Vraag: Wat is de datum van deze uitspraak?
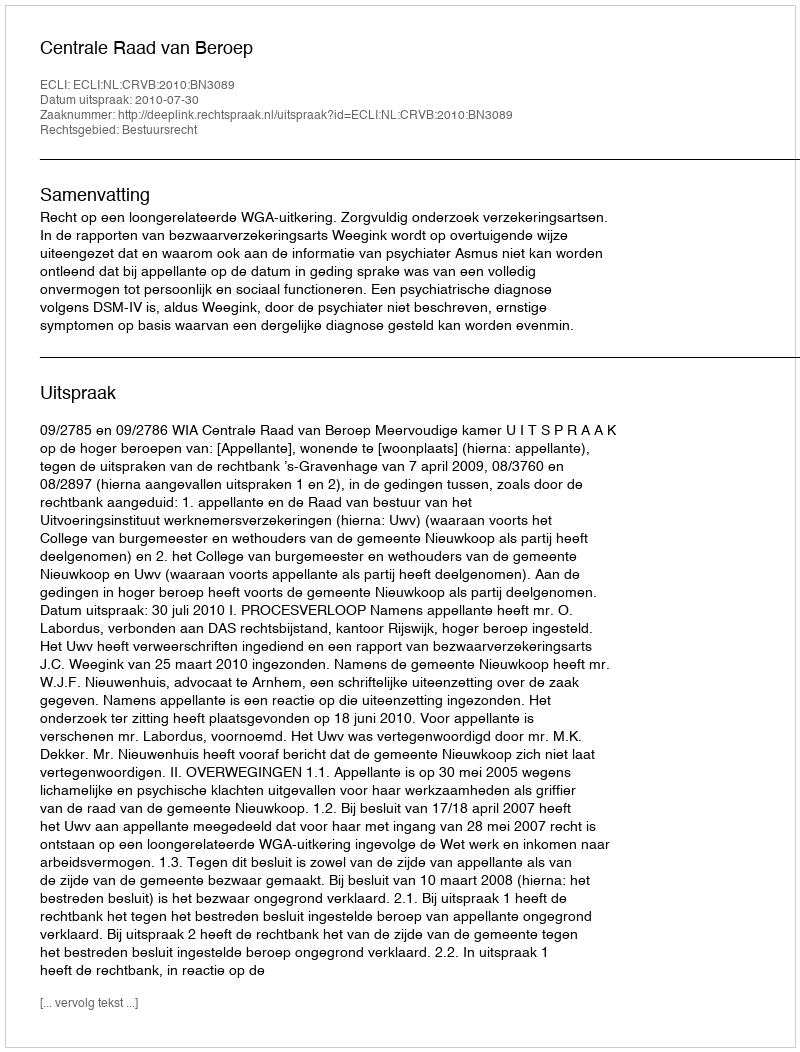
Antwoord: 2010-07-30